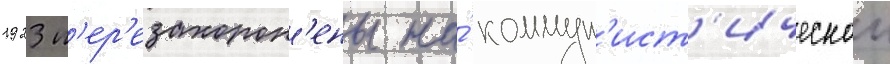
1923 п'ер'езахорон'ены на́ коммун'ист'ическои